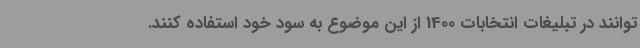
توانند در تبلیغات انتخابات 1400 از این موضوع به سود خود استفاده کنند.